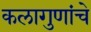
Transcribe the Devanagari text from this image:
कलागुणांचे